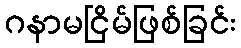
ဂနာမငြိမ်ဖြစ်ခြင်း